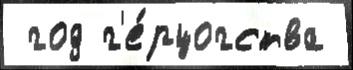
 год г'е́рцогства